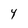
Character: 4